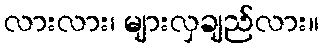
လားလား၊ များလှချည်လား။